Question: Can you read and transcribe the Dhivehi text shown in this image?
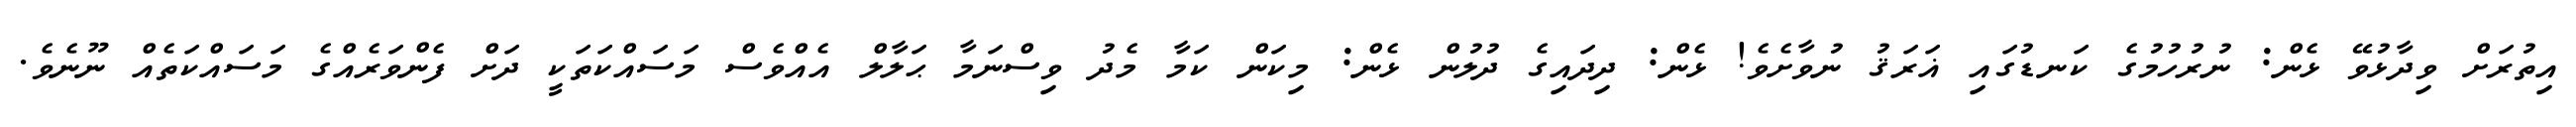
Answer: އިތުރަށް ވިދާޅުވޭ ޅެން: ނުރުހުމުގެ ކަނޑުގައި ޣަރަޤު ނުވާށެވެ! ޅެން: ދިދައިގެ ދުލުން ޅެން: މިކަން ކަމާ މެދު ވިސްނަމާ ޙަލާލް އެއްވެސް މަސައްކަތަކީ ދަށް ފެންވަރެއްގެ މަސައްކަތެއް ނޫނެވެ.